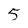
Character: 5